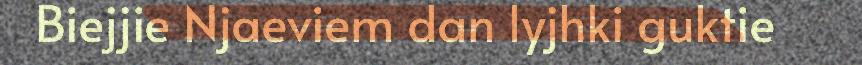
Biejjie Njaeviem dan lyjhki guktie